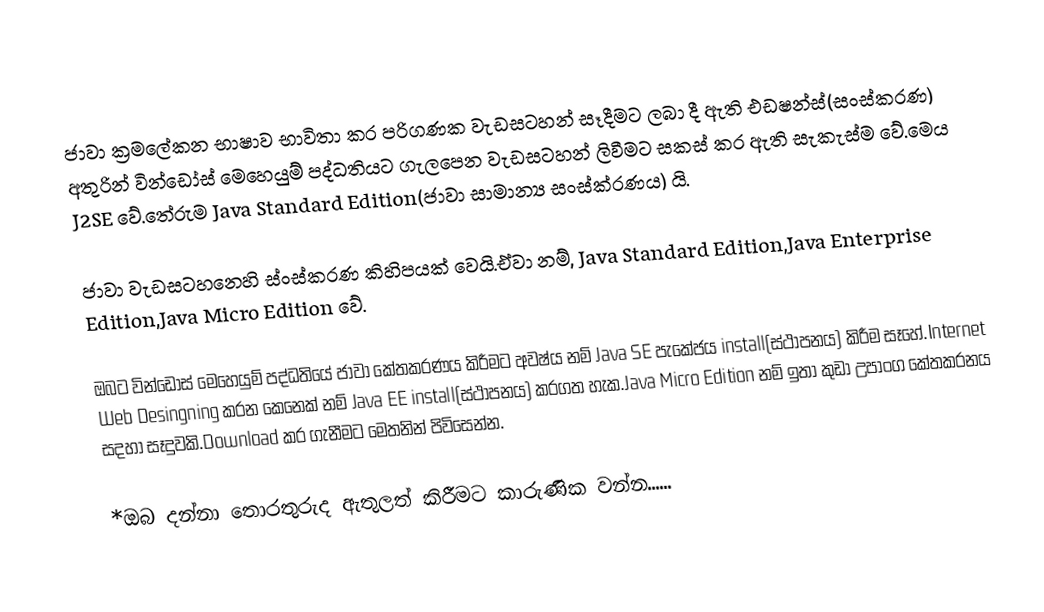
ජාවා ක්‍රමලේකන භාෂාව භාවිතා කර පරිගණක වැඩසටහන් සෑදීමට ලබා දී ඇති එඩෂන්ස්(සංස්කරණ) අතුරින් වින්ඩෝස් මෙහෙයුම් පද්ධතියට ගැලපෙන වැඩසටහන් ලිවීමට සකස් කර ඇති සැකැස්ම වේ.මෙය J2SE වේ.තේරුම Java Standard Edition(ජාවා සාමාන්‍ය සංස්ක්රණය) යි.

ජාවා වැඩසටහනෙහි ස්ංස්කරණ කිහිපයක් වෙයි.ඒවා නම්, Java Standard Edition,Java Enterprise Edition,Java Micro Edition වේ.

ඔබට වින්ඩෝස් මෙහෙයුම් පද්ධතියේ ජාවා කේතකරණය කිරීමට අවෂ්ය නම් Java SE පැකේජය install(ස්ථාපනය) කිරීම සෑහේ.Internet Web Desingning කරන කෙනෙක් නම් Java EE install(ස්ථාපනය) කරගත හැක.Java Micro Edition නම් ඉතා කුඩා උපාංග කේතකරනය සදහා සෑදුවකි.Download කර ගැනීමට මෙතනින් පිවිසෙන්න.

*ඔබ දන්නා තොරතුරුද ඇතුලත් කිරීමට කාරුණික වන්න......